Lunatic asylums in Bengal annual reports 1888-1898 - 1888-1898
Year: 1888
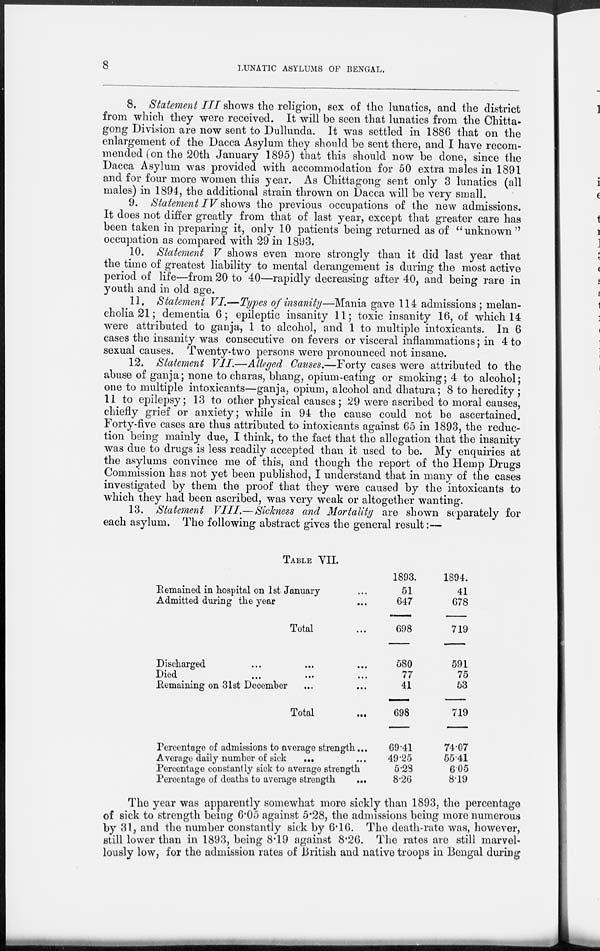
8
LUNATIC ASYLUMS OF BENGAL.
8. Statement III shows the religion, sex of the lunatics, and the district
from which they were received. It will be seen that lunatics from the Chitta-
gong Division are now sent to Dullunda. It was settled in 1886 that on the
enlargement of the Dacca Asylum they should be sent there, and I have recom-
mended (on the 20th January 1895) that this should now be done, since the
Dacca Asylum was provided with accommodation for 50 extra males in 1891
and for four more women this year. As Chittagong sent only 3 lunatics (all
males) in 1894, the additional strain thrown on Dacca will be very small.
9. Statement IV shows the previous occupations of the new admissions.
It does not differ greatly from that of last year, except that greater care has
been taken in preparing it, only 10 patients being returned as of "unknown"
occupation as compared with 29 in 1893.
10. Statement V shows even more strongly than it did last year that
the time of greatest liability to mental derangement is during the most active
period of life—from 20 to 40—rapidly decreasing after 40, and being rare in
youth and in old age.
11. Statement VI.—Types of insanity—Mania gave 114 admissions ; melan-
cholia 21; dementia 6; epileptic insanity 11; toxic insanity 16, of which 14
were attributed to ganja, 1 to alcohol, and 1 to multiple intoxicants. In 6
cases the insanity was consecutive on fevers or visceral inflammations; in 4 to
sexual causes. Twenty-two persons were pronounced not insane.
12. Statement VII.—Alleged Causes.—Forty cases were attributed to the
abuse of ganja; none to charas, bhang, opium-eating or smoking; 4 to alcohol;
one to multiple intoxicants—ganja, opium, alcohol and dhatura; 8 to heredity ;
11 to epilepsy; 13 to other physical causes; 29 were ascribed to moral causes,
chiefly grief or anxiety; while in 94 the cause could not be ascertained.
Forty-five cases are thus attributed to intoxicants against 65 in 1893, the reduc-
tion being mainly due, I think, to the fact that the allegation that the insanity
was due to drugs is less readily accepted than it used to be. My enquiries at
the asylums convince me of this, and though the report of the Hemp Drugs
Commission has not yet been published, I understand that in many of the cases
investigated by them the proof that they were caused by the intoxicants to
which they had been ascribed, was very weak or altogether wanting.
13. Statement VIII.—Sickness and Mortality are shown separately for
each asylum. The following abstract gives the general result:—
Table VII.
Remained in hospital on 1st January ...
Admitted during the year ...
Total ...
Discharged ... ... ...
Died ... ... ...
Remaining on 31st December ... ...
Total ...
Percentage of admissions to average strength ...
Average daily number of sick
... ...
Percentage constantly sick to average strength
Percentage of deaths to average strength
...
1893.
51
647
698
580
77
41
698
69.41
49.25
5.28
8.26
1894.
41
678
719
591
75
53
719
74.07
55.41
6.05
8.19
The year was apparently somewhat more sickly than 1893, the percentage
of sick to strength being 6.05 against 5.28, the admissions being more numerous
by 31, and the number constantly sick by 6.16. The death-rate was, however,
still lower than in 1893, being 8.19 against 8.26. The rates are still marvel-
lously low, for the admission rates of British and native troops in Bengal during